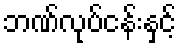
ဘဏ်လုပ်ငန်းနှင့်